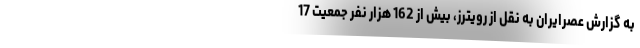
به گزارش عصرایران به نقل از رویترز، بیش از 162 هزار نفر جمعیت 17